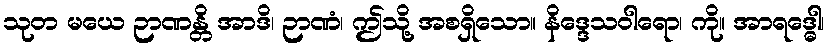
သုတ မယေ ဉာဏန္တိ အာဒိ၊ ဉာဏံ၊ ဤသို့ အစရှိသော။ နိဒ္ဒေသဝါရော၊ ကို။ အာရဒ္ဓေါ၊